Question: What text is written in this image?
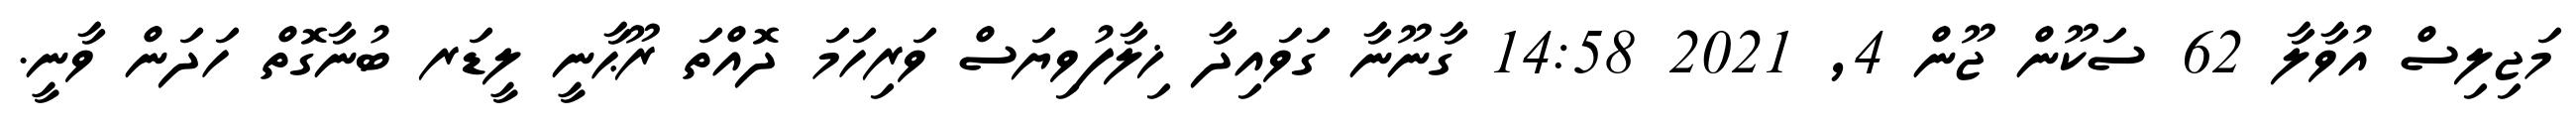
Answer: މަޖިލިސް އުވާލާ 62 ސަކޫން ޖޫން 4, 2021 14:58 ގާނޫނާ ގަވައިދާ ޚިލާފުވިޔަސް ވަރިހަމަ ދޮއްތަ ރޫޙާނީ ލީޑަރ ބުނާގޮތް ހަދަން ވާނީ.